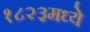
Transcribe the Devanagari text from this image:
१८२३मध्ये